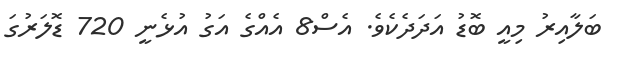
ބަލާއިރު މިއީ ބޮޑު އަދަދެކެވެ. އެސް8 އެއްގެ އަގު އުޅެނީ 720 ޑޮލަރުގަ